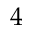
4